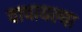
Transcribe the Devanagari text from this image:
वाचायल्या